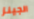
الجينز